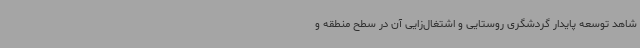
شاهد توسعه پایدار گردشگری روستایی و اشتغال‌زایی آن در سطح منطقه و